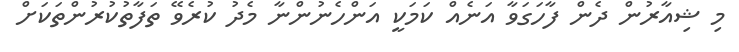
މި ޝިއާރުން ދެން ފާހަގަވާ އަނެއް ކަމަކީ އަންހެނުންނާ މެދު ކުރެވޭ ތަފާތުކުރުންތަކަށް